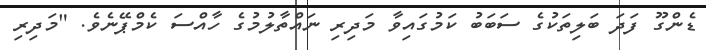
ޑެންގޫ ފަދަ ބަލިތަކުގެ ސަބަބު ކަމުގައިވާ މަދިރި ނައްތާލުމުގެ ހާއްސަ ކެމްޕޭނެވެ. "މަދިރި